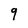
Character: 9